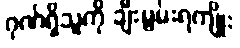
ဂုဏ်ရှိသူကို ချီးမွမ်းရကျိုး